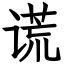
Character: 谎